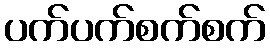
ပက်ပက်စက်စက်